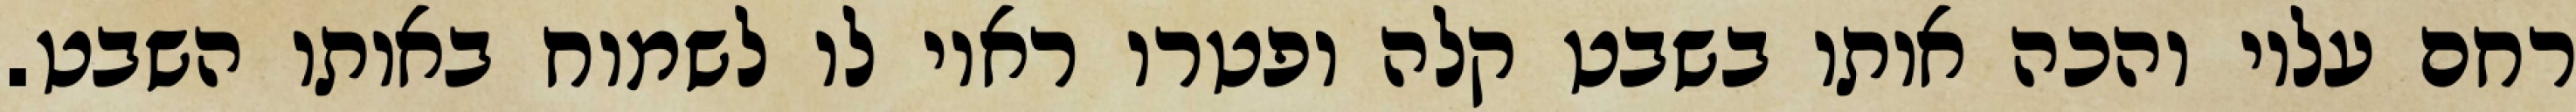
רחם עליו והכה אותו בשבט קלה ופטרו ראוי לו לשמוח באותו השבט.